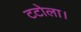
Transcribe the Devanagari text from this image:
टटोला।